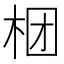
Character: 𣑝